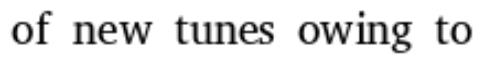
of new tunes owing to